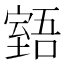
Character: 𦥉